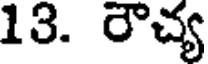
13. రౌచ్య